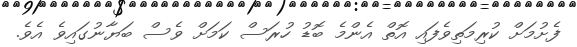
ފެށުމަށް ކުރިމަތިވެފައި އޮތް އެންމެ ބޮޑު ހުރަސް ކަމަށް ވެސް ބަޔާނުގައިވެ އެވެ.